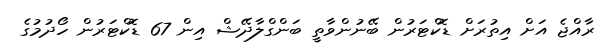
ރާއްޖެ އަށް އިތުރަށް ޑޮކްޓަރުން ބޭނުންވާތީ ބަންގްލާދޭޝް އިން 67 ޑޮކްޓަރުން ހޯދުމުގެ